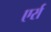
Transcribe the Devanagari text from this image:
एर्रा